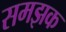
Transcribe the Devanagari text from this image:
समझक